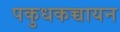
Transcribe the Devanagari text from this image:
पकुधकच्चायन